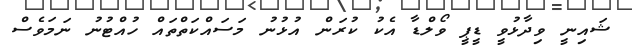
ޝައިނީ ވިދާޅުވީ ޑީޕީ ވޯލްޑާ އެކު ކުރަން އުޅުނު މަސައްކަތްތައް ހުއްޓުނު ނަމަވެސް